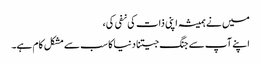
میں نے ہمیشہ اپنی ذات کی نفی کی،
اپنے آپ سے جنگ جیتنا دنیا کا سب سے مشکل کام ہے۔